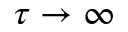
\tau \rightarrow \infty